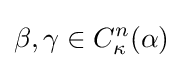
\beta ,\gamma \in C_{\kappa }^{n}(\alpha )